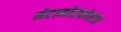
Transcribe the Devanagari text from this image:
मेटामोरफोसेज